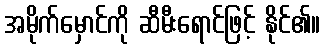
အမိုက်မှောင်ကို ဆီမီးရောင်ဖြင့် နိုင်၏။